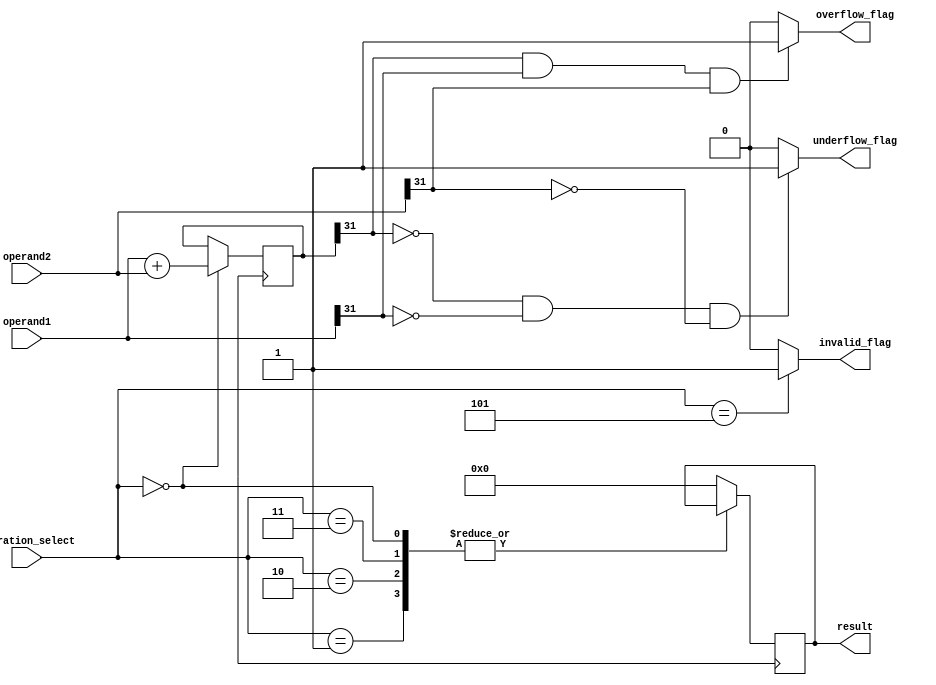
module single_precision_fpu (
    input wire [31:0] operand1,
    input wire [31:0] operand2,
    input wire [2:0] operation_select,
    output reg [31:0] result,
    output reg overflow_flag,
    output reg underflow_flag,
    output reg invalid_flag
);

// Adder component
reg [31:0] add_result;

// Multiplier component
reg [31:0] mult_result;

// Shifter component
reg [31:0] shift_result;

// Logic gates component
reg [31:0] logic_result;

always @ (posedge CLK) begin
    // Perform arithmetic operation based on operation select
    case(operation_select)
        3'b000: add_result <= operand1 + operand2;
        3'b001: mult_result <= operand1 * operand2;
        3'b010: shift_result <= operand1 << operand2[4:0];
        3'b011: logic_result <= operand1 & operand2;
        // Add more cases for other operations if needed
        default: result <= 32'b0;
    endcase
end

// Check for overflow, underflow, and invalid operation
always @ (*) begin
    // Check for overflow
    if(add_result[31] == 1 & operand1[31] == 1 & operand2[31] == 1) begin
        overflow_flag <= 1;
    end else begin
        overflow_flag <= 0;
    end
    
    // Check for underflow
    if(add_result[31] == 0 & operand1[31] == 0 & operand2[31] == 0) begin
        underflow_flag <= 1;
    end else begin
        underflow_flag <= 0;
    end
    
    // Check for invalid operation
    if(operation_select == 3'b101) begin
        invalid_flag <= 1;
    end else begin
        invalid_flag <= 0;
    end
end

endmodule